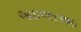
આઇઆરઆઇ